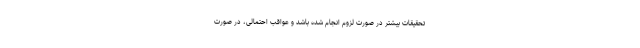
تحقیقات بیشتر در صورت لزوم انجام شده باشد و عواقب احتمالی، در صورت